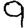
Digit: 9